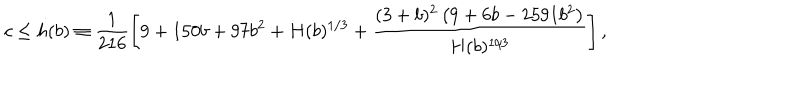
LaTeX: c \le h ( b ) \equiv \frac { 1 } { 2 1 6 } \left[ 9 + 1 5 0 b + 9 7 b ^ { 2 } + H ( b ) ^ { 1 / 3 } + \frac { ( 3 + b ) ^ { 2 } \left( 9 + 6 b - 2 5 9 1 b ^ { 2 } \right) } { H ( b ) ^ { 1 / 3 } } \right] ,